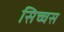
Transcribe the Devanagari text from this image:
सिच्चस